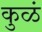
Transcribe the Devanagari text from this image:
कुळं